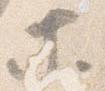
等